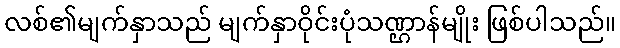
လစ်၏မျက်နှာသည် မျက်နှာဝိုင်းပုံသဏ္ဌာန်မျိုး ဖြစ်ပါသည်။